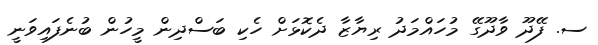
ސ. ފޭދޫ ވާދޫގޭ މުހައްމަދު ރިޔާޒާ ދެކޮޅަށް ހެކި ބަސްދިން މީހުން ބުނެފައިވަނީ